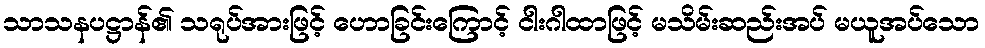
သာသနပဋ္ဌာန်၏ သရုပ်အားဖြင့် ဟောခြင်းကြောင့် ငါးဂါထာဖြင့် မသိမ်းဆည်းအပ် မယူအပ်သော